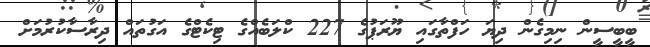
ބީބީސީން ނިމިގެން ދިޔަ ހަފްތާގައި ޔޫރަޕުގެ 227 ކްލަބެއްގެ ޓިކެޓްގެ އަގުތައް ދިރާސާކުރުމަށް